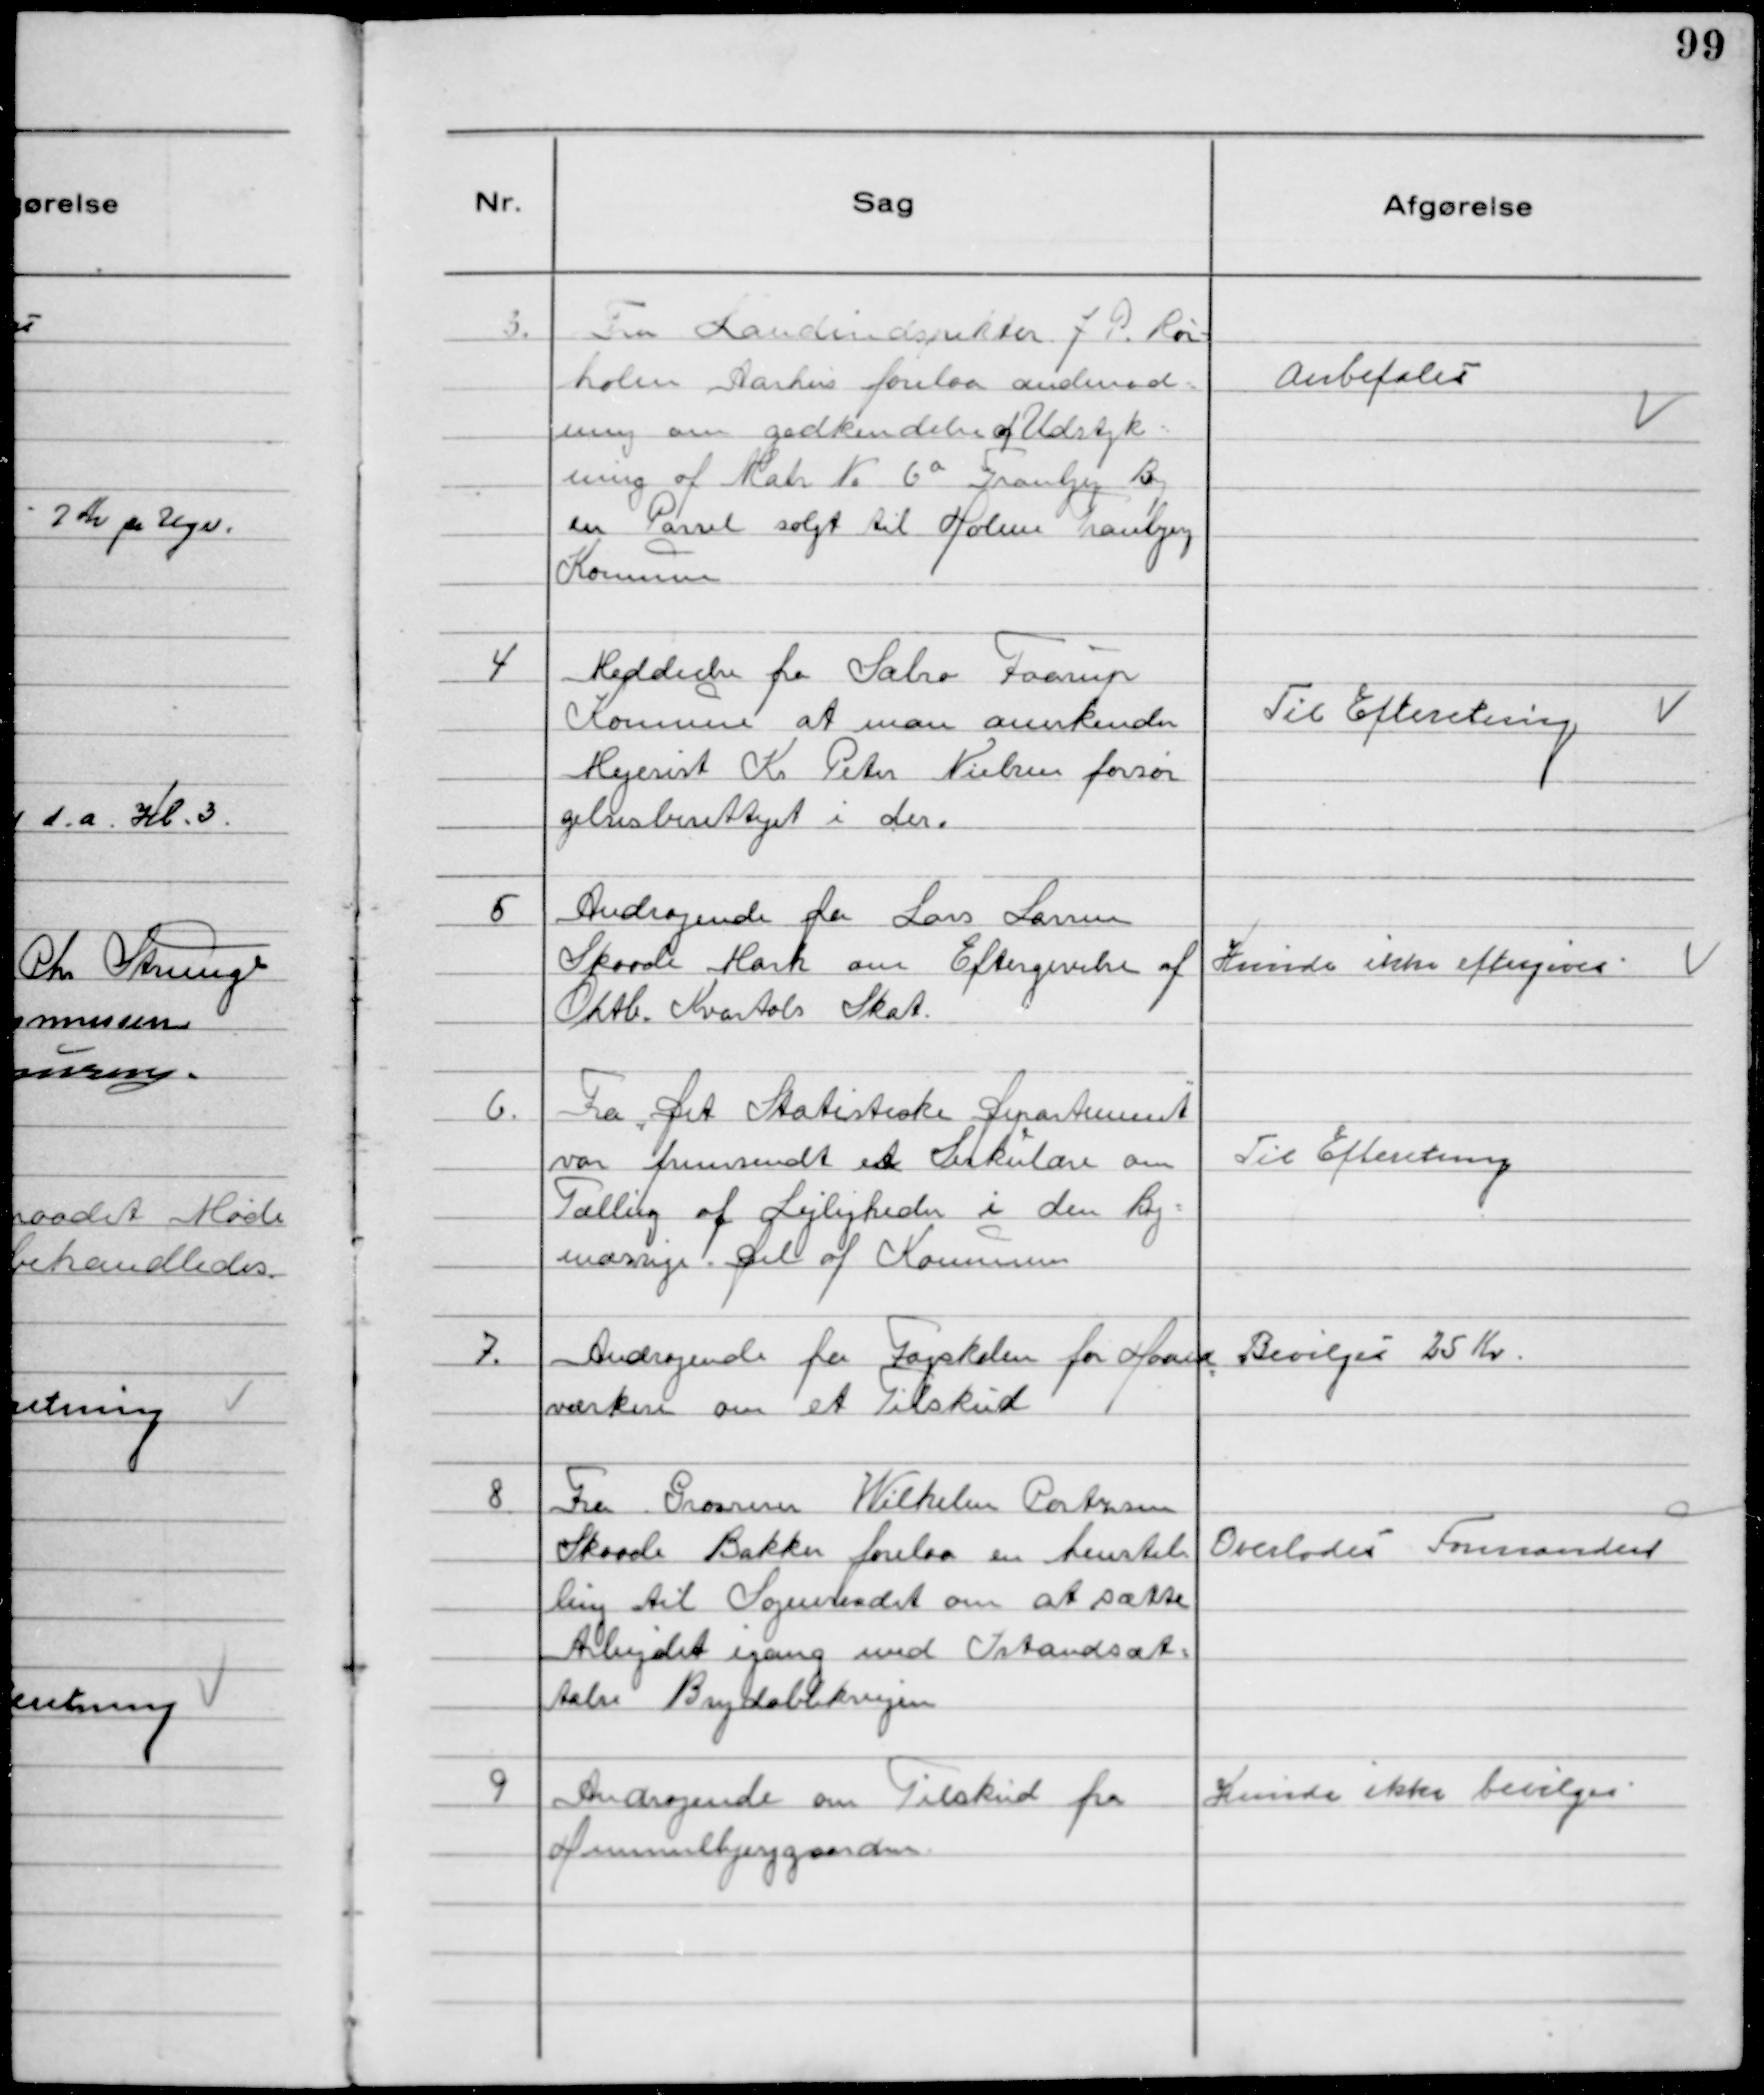
Transskription:
3.
Fra Landindspektør J P. Rør-
holm Aarhus forelaa andmod-
ning om godkendelse af Udstyk-
ning af Matr № 6a Tranbjerg By
en Parsel solgt til Holme Tranbjerg
Kommune

Anbefales

4
Meddeelse fra Sabro Faarup
Kommune at man anerkender
Mejerist Kr Peter Nielsen forsør
gelsesberettiget i der.

Til Efteretning

5
Andragende fra Lars Larsen
Skaade Mark om Eftergivelse af
Oktb. Kvartals Skat.

Kunde ikke Eftergives

6.
Fra "Det Statistiske Departement"
var fremsendt et Sirkulære om
Tælling af Lejligheder i den By-
mæssige Del af Kommunen

Til Efteretning

7.
Andragende fra Fagskolen for Haand
værkere om et Tilskud

Bevilges 25 Kr.

8
Fra Grosserer Wilhelm Cortzsen
Skaade Bakker forelaa en henstil
ling til Sogneraadet om at sætte
Arbejdet igang med Istandsæt-
telse Brejdablikvejen

Overlodes Formanden

9
Andragende om Tilskud fra
Himmelbjerggaarden

Kunde ikke bevilges